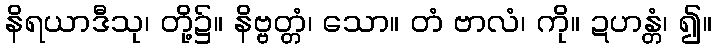
နိရယာဒီသု၊ တို့၌။ နိဗ္ဗတ္တံ၊ သော။ တံ ဗာလံ၊ ကို။ ဍဟန္တံ၊ ၍။